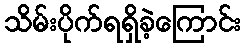
သိမ်းပိုက်ရရှိခဲ့ကြောင်း